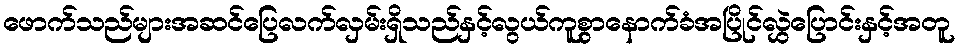
ဖောက်သည်များအဆင်ပြေလက်လှမ်းရှိသည်နှင့်လွယ်ကူစွာနောက်ခံအပြိုင်လွှဲပြောင်းနှင့်အတူ